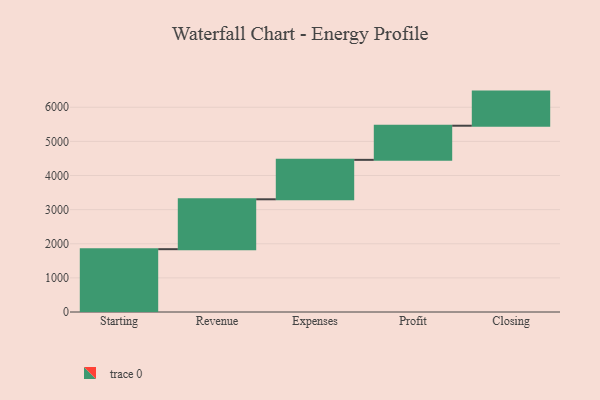
{"axis": {"x": "Step", "y": "Value"}, "legend": [""], "data": [{"x": "Starting", "y": 1841.0, "type": ""}, {"x": "Revenue", "y": 1462.0, "type": ""}, {"x": "Expenses", "y": 1156.0, "type": ""}, {"x": "Profit", "y": 1000, "type": ""}, {"x": "Closing", "y": 1000, "type": ""}]}